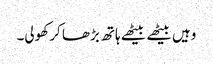
وہیں بیٹھے بیٹھے ہاتھ بڑھا کر کھولی۔